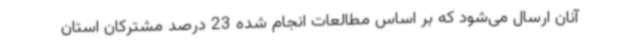
آنان ارسال می‌شود که بر اساس مطالعات انجام‌ شده 23 درصد مشترکان استان